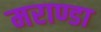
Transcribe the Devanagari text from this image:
मराण्डा